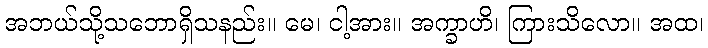
အဘယ်သို့သဘောရှိသနည်း။ မေ၊ ငါ့အား။ အက္ခာဟိ၊ ကြားသိလော။ အထ၊